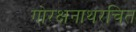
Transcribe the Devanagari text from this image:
गोरक्षनाथरचित